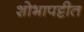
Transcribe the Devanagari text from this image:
शोभापट्टीत